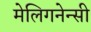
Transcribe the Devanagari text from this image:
मेलिगनेन्सी